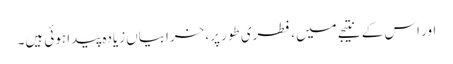
اور اس کے نتیجے میں، فطری طور پر، خرابیاں زیادہ پیدا ہوئی ہیں۔